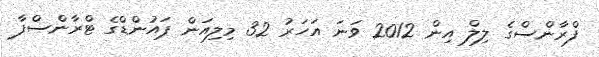
ފްރާންސްގެ ލިލް އިން 2012 ވަނަ އަހަރު 32 މިލިއަން ޕައުންޑްގެ ޓްރާންސްފާ